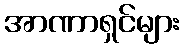
အာဏာရှင်များ